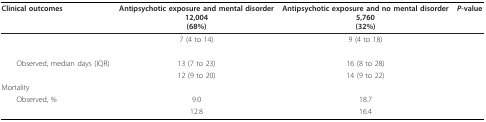
<table><thead><tr><td><b>Clinical outcomes</b></td><td><b>Antipsychotic exposure and mental disorder12,004(68%)</b></td><td><b>Antipsychotic exposure and no mental disorder5,760(32%)</b></td><td><b><i>P</i>-value</b></td></tr></thead><tbody><tr><td>[EMPTY_CELL]</td><td>7 (4 to 14)</td><td>9 (4 to 18)</td><td>[EMPTY_CELL]</td></tr><tr><td>[EMPTY_CELL]</td><td>[EMPTY_CELL]</td><td>[EMPTY_CELL]</td><td>[EMPTY_CELL]</td></tr><tr><td> Observed, median days (IQR)</td><td>13 (7 to 23)</td><td>16 (8 to 28)</td><td>[EMPTY_CELL]</td></tr><tr><td>[EMPTY_CELL]</td><td>12 (9 to 20)</td><td>14 (9 to 22)</td><td>[EMPTY_CELL]</td></tr><tr><td>Mortality</td><td>[EMPTY_CELL]</td><td>[EMPTY_CELL]</td><td>[EMPTY_CELL]</td></tr><tr><td> Observed, %</td><td>9.0</td><td>18.7</td><td>[EMPTY_CELL]</td></tr><tr><td>[EMPTY_CELL]</td><td>12.8</td><td>16.4</td><td>[EMPTY_CELL]</td></tr></tbody></table>